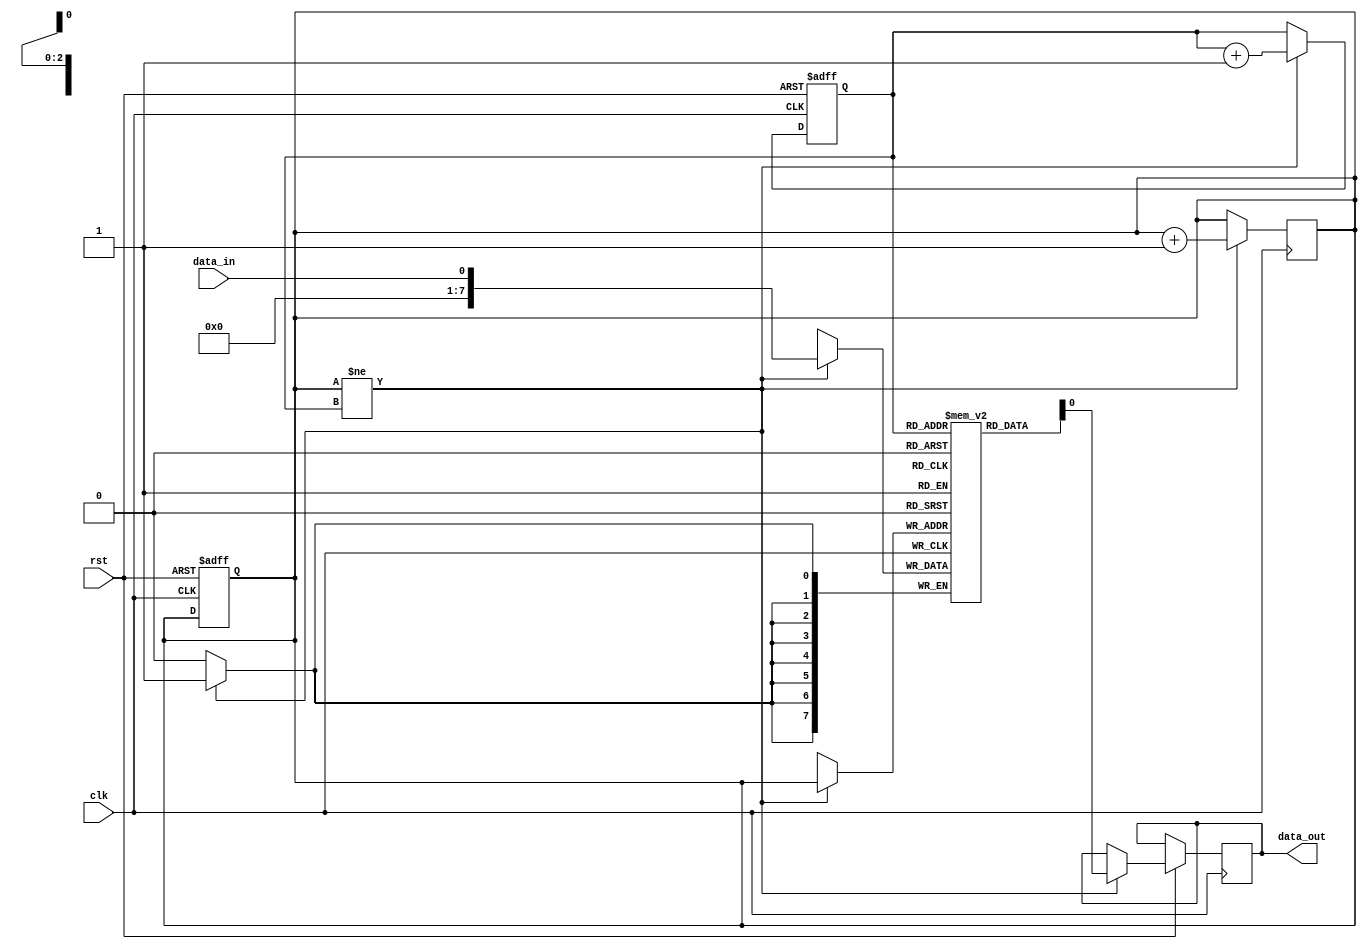
module edge_sensitive_FIFO (input wire clk, input wire rst, input wire data_in,
                              output reg data_out);

    reg [7:0] fifo [0:7];
    reg [2:0] write_ptr, read_ptr;

    always @(posedge clk or negedge rst) begin
        if (~rst) begin
            write_ptr <= 0;
            read_ptr <= 0;
        end else begin
            if (write_ptr != read_ptr) begin
                data_out <= fifo[read_ptr];
                read_ptr <= read_ptr + 1;
            end
        end
    end

    always @(posedge clk) begin
        if (write_ptr != read_ptr) begin
            fifo[write_ptr] <= data_in;
            write_ptr <= write_ptr + 1;
        end
    end

endmodule